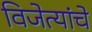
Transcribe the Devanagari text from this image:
विजेत्यांचे